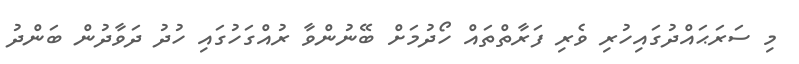
މި ސަރަޙައްދުގައިހުރި ވެރި ފަރާތްތައް ހޯދުމަށް ބޭނުންވާ ރުއްގަހުގައި ހުދު ދަވާދުން ބަންދު